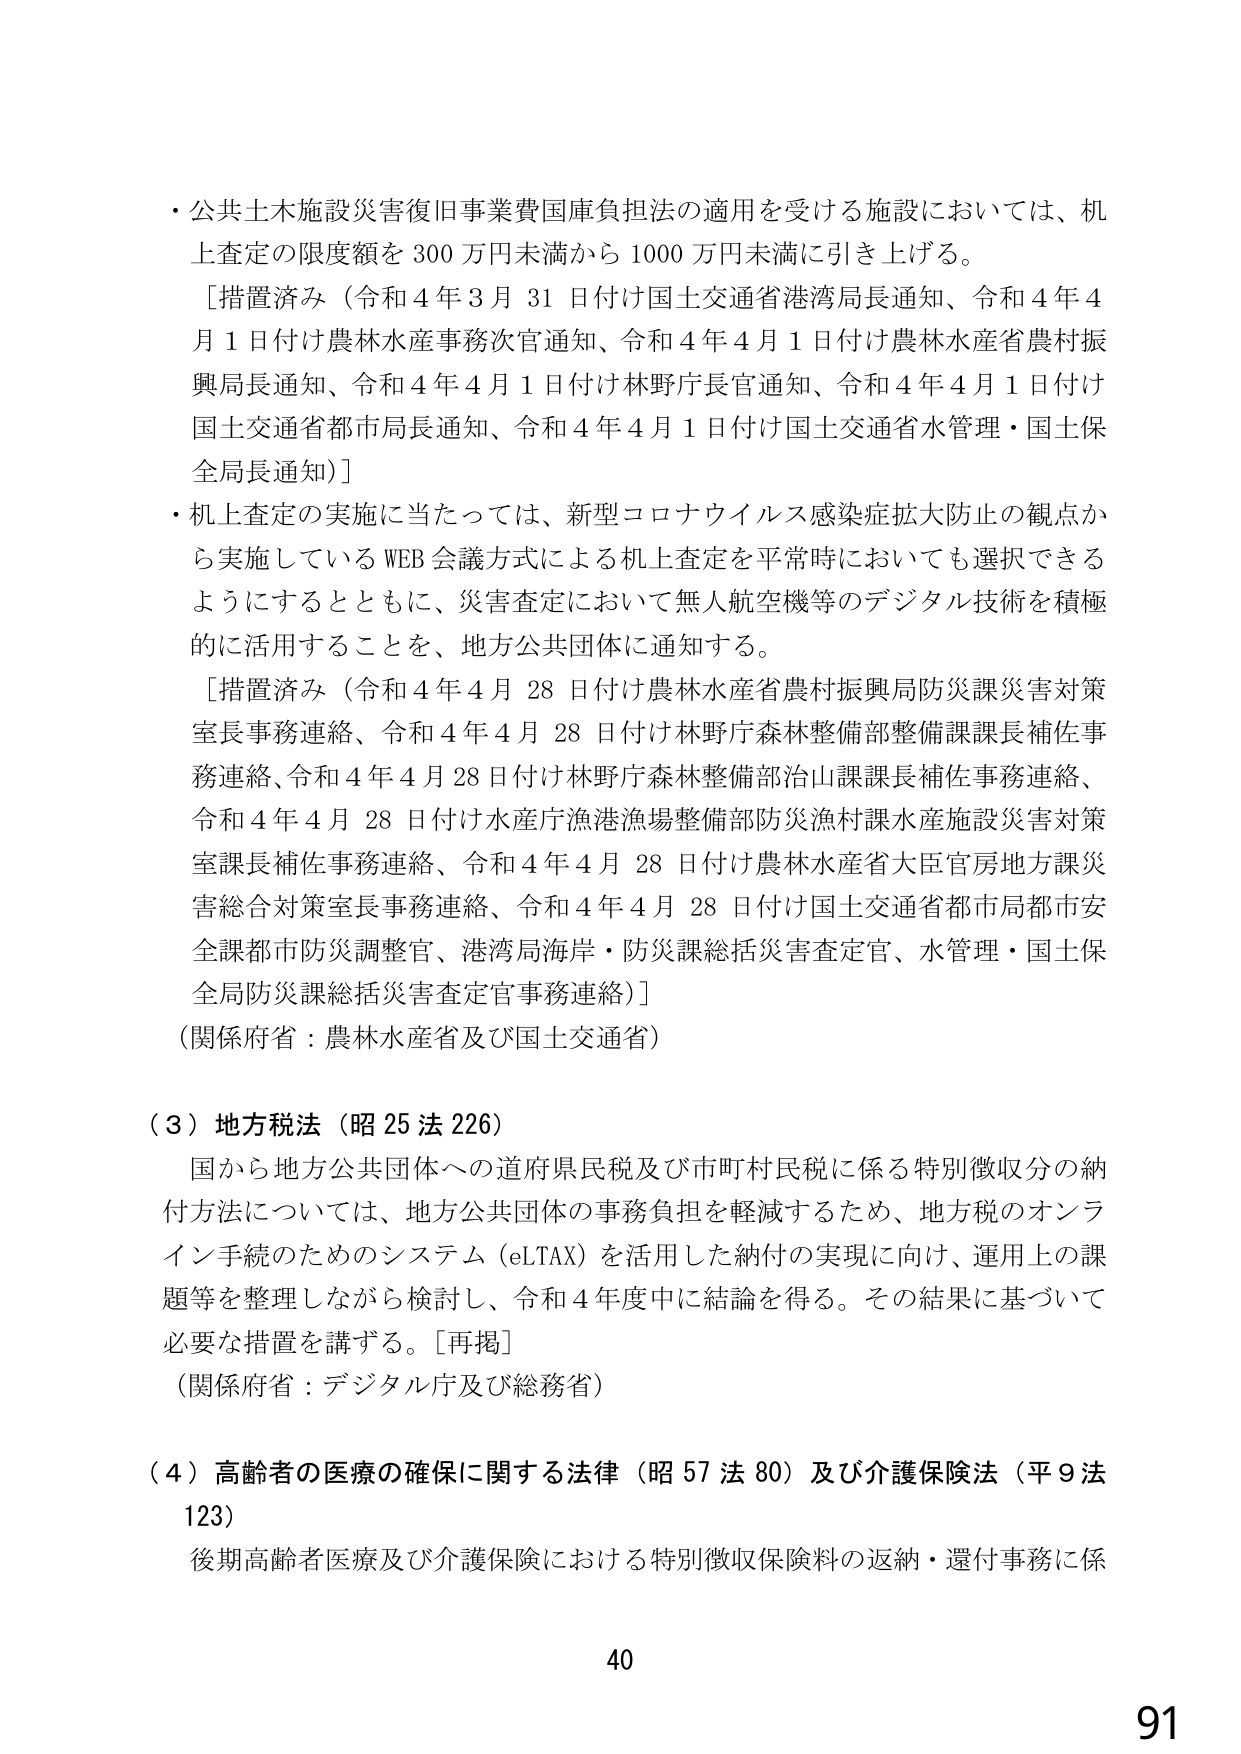
・公共土木施設災害復旧事業費国庫負担法の適用を受ける施設については、机上査定の限度額を300万円未満から1000万円未満に引き上げる。
［措置済み（令和4年3月31日付け国土交通省港湾局長通知、令和4年4月1日付け農林水産事務次官通知、令和4年4月1日付け農林水産省農村振興局長通知、令和4年4月1日付け林野庁長官通知、令和4年4月1日付け国土交通省都市局長通知、令和4年4月1日付け国土交通省水管理・国土保全局長通知）］
・机上査定の実施に当たっては、新型コロナウイルス感染症拡大防止の観点から実施しているWEB会議方式による机上査定を平常時においても選択できるようにするとともに、災害査定において無人航空機等のデジタル技術を積極的に活用することを、地方公共団体に通知する。
［措置済み（令和4年4月28日付け農林水産省農村振興局防災課災害対策室長事務連絡、令和4年4月28日付け林野庁森林整備部整備課課長補佐事務連絡、令和4年4月28日付け林野庁森林整備部治山課課長補佐事務連絡、令和4年4月28日付け水産庁漁港漁場整備部防災漁村課水産施設災害対策室課長補佐事務連絡、令和4年4月28日付け農林水産省大臣官房地方課災害総合対策室長事務連絡、令和4年4月28日付け国土交通省都市局都市安全課都市防災調整官、港湾局海岸・防災課総括災害査定官、水管理・国土保全局防災課総括災害査定官事務連絡）］
（関係府省：農林水産省及び国土交通省）

（３）地方税法（昭25法226）
国から地方公共団体への道府県民税及び市町村民税に係る特別徴収分の納付方法については、地方公共団体の事務負担を軽減するため、地方税のオンライン手続のためのシステム（eLTAX）を活用した納付の実現に向け、運用上の課題等を整理しながら検討し、令和4年度中に結論を得る。その結果に基づいて必要な措置を講ずる。［再掲］
（関係府省：デジタル庁及び総務省）

（４）高齢者の医療の確保に関する法律（昭57法80）及び介護保険法（平9法123）
後期高齢者医療及び介護保険における特別徴収保険料の返納・還付事務に係

40
91